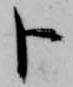
卜